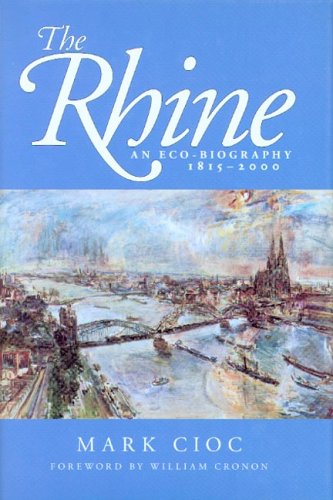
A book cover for The Rhine: An Eco-biography, 1815-2000 (Weyerhaeuser Environmental Books); Mark Cioc; Science & Math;